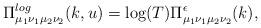
LaTeX: \begin{align*}\Pi_{\mu_1\nu_1\mu_2\nu_2}^{log}(k,u) = \log(T) \Pi_{\mu_1\nu_1\mu_2\nu_2}^{\epsilon}(k),\end{align*}